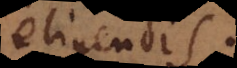
eligendis.